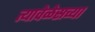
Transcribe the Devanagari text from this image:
त्यावेळेसच्या